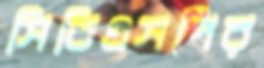
সিবিএসপির